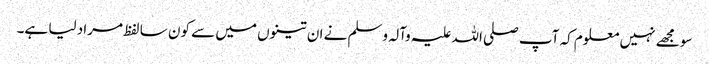
سو مجھے نہیں معلوم کہ آپ صلی اللہ علیہ وآلہ وسلم نے ان تینوں میں سے کون سا لفظ مراد لیا ہے۔